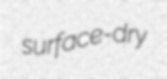
surface-dry